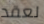
لعقد